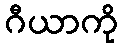
ဂီယာကို